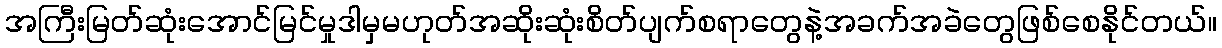
အကြီးမြတ်ဆုံးအောင်မြင်မှုဒါမှမဟုတ်အဆိုးဆုံးစိတ်ပျက်စရာတွေနဲ့အခက်အခဲတွေဖြစ်စေနိုင်တယ်။